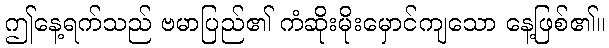
ဤနေ့ရက်သည် ဗမာပြည်၏ ကံဆိုးမိုးမှောင်ကျသော နေ့ဖြစ်၏။